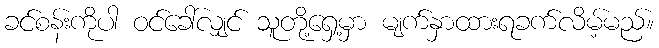
ခင်စန်းကိုပါ ဝင်ခေါ်လျှင် သူတို့ရှေ့မှာ မျက်နှာထားရခက်လိမ့်မည်။